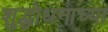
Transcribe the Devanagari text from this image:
शुद्धोधनाच्या